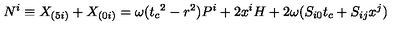
N ^ { i } \equiv X _ { ( 5 i ) } + X _ { ( 0 i ) } = \omega ( { t _ { c } } ^ { 2 } - r ^ { 2 } ) P ^ { i } + 2 x ^ { i } H + 2 \omega ( S _ { i 0 } t _ { c } + S _ { i j } x ^ { j } )